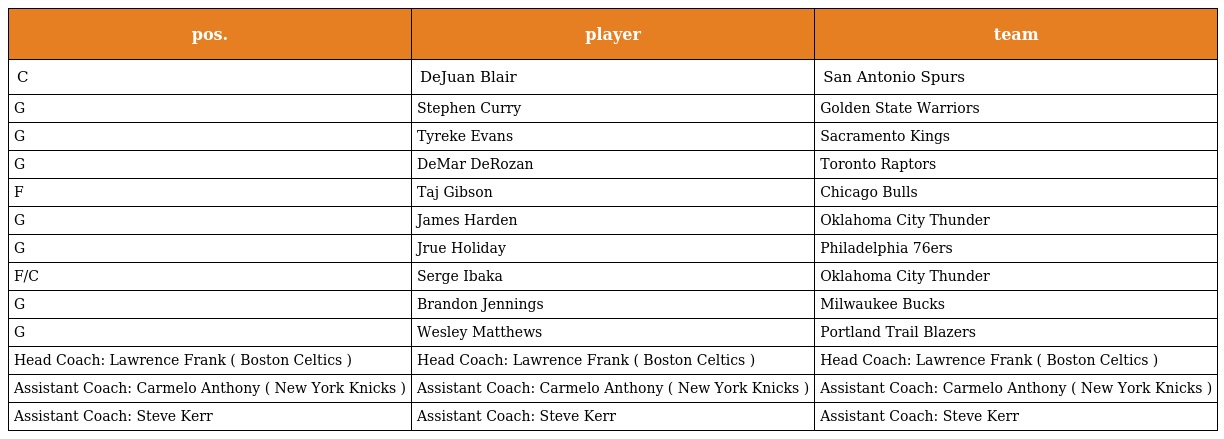
| pos. | player | team |
 | --- | --- | --- |
 | C | DeJuan Blair | San Antonio Spurs |
 | G | Stephen Curry | Golden State Warriors |
 | G | Tyreke Evans | Sacramento Kings |
 | G | DeMar DeRozan | Toronto Raptors |
 | F | Taj Gibson | Chicago Bulls |
 | G | James Harden | Oklahoma City Thunder |
 | G | Jrue Holiday | Philadelphia 76ers |
 | F/C | Serge Ibaka | Oklahoma City Thunder |
 | G | Brandon Jennings | Milwaukee Bucks |
 | G | Wesley Matthews | Portland Trail Blazers |
 | Head Coach: Lawrence Frank ( Boston Celtics ) | Head Coach: Lawrence Frank ( Boston Celtics ) | Head Coach: Lawrence Frank ( Boston Celtics ) |
 | Assistant Coach: Carmelo Anthony ( New York Knicks ) | Assistant Coach: Carmelo Anthony ( New York Knicks ) | Assistant Coach: Carmelo Anthony ( New York Knicks ) |
 | Assistant Coach: Steve Kerr | Assistant Coach: Steve Kerr | Assistant Coach: Steve Kerr |